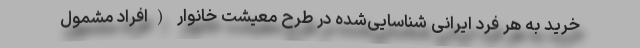
خرید به هر فرد ایرانی شناسایی‌شده در طرح معیشت خانوار (افراد مشمول